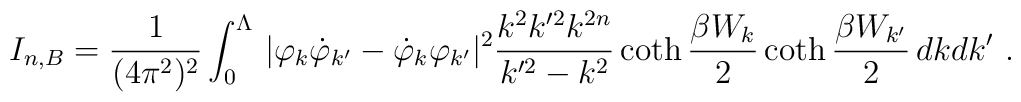
I_{n,B}=\frac1{(4\pi^2)^2}\int_0^\Lambda\,        |\varphi_k\dot\varphi_{k'}-\dot\varphi_k\varphi_{k'}|^2        \frac{k^2k'^2k^{2n}}{k'^2-k^2}                \coth\frac{\beta W_k}2                \coth\frac{\beta W_{k'}}2\, dkdk'\ .